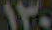
١٣٠